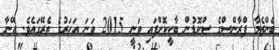
ބެންޒެމާ ފްރާންސްގެ ސްކޮޑުން ބާކީކޮށްފައި ވަނީ 2015 ވަނަ އަހަރުގެ ތެރޭގައެވެ. އޭނާ